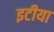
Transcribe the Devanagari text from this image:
इटीया